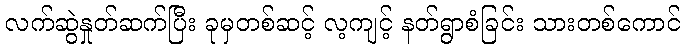
လက်ဆွဲနှုတ်ဆက်ပြီး ခုမှတစ်ဆင့် လ့ကျင့် နတ်ရွာစံခြင်း သားတစ်ကောင်